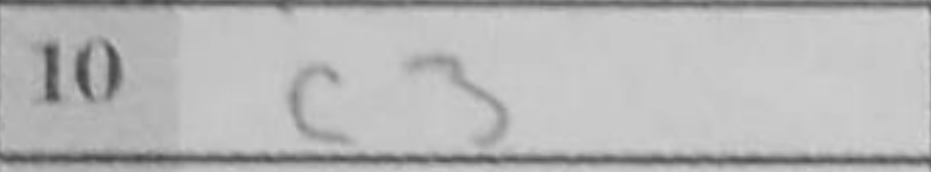
Transcription: c3